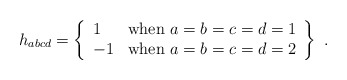
\begin{align*}h_{abcd} = \left\{\begin{array}{ll} 1 & \mbox{when $a=b=c=d=1$} \\-1 & \mbox{when $a=b=c=d=2$} \\\end{array}\right\} \ .\end{align*}